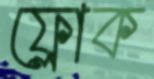
ফ্লোক